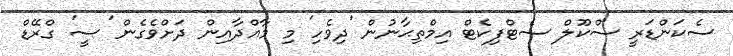
ސެކަންޑަރީ ސްކޫލް ސެޓްފިކެޓް އިމްތިޙާނުން 'ދިވެހި' މި މާއްދާއިން ދަށްވެގެން 'ސީ' ގްރޭޑް